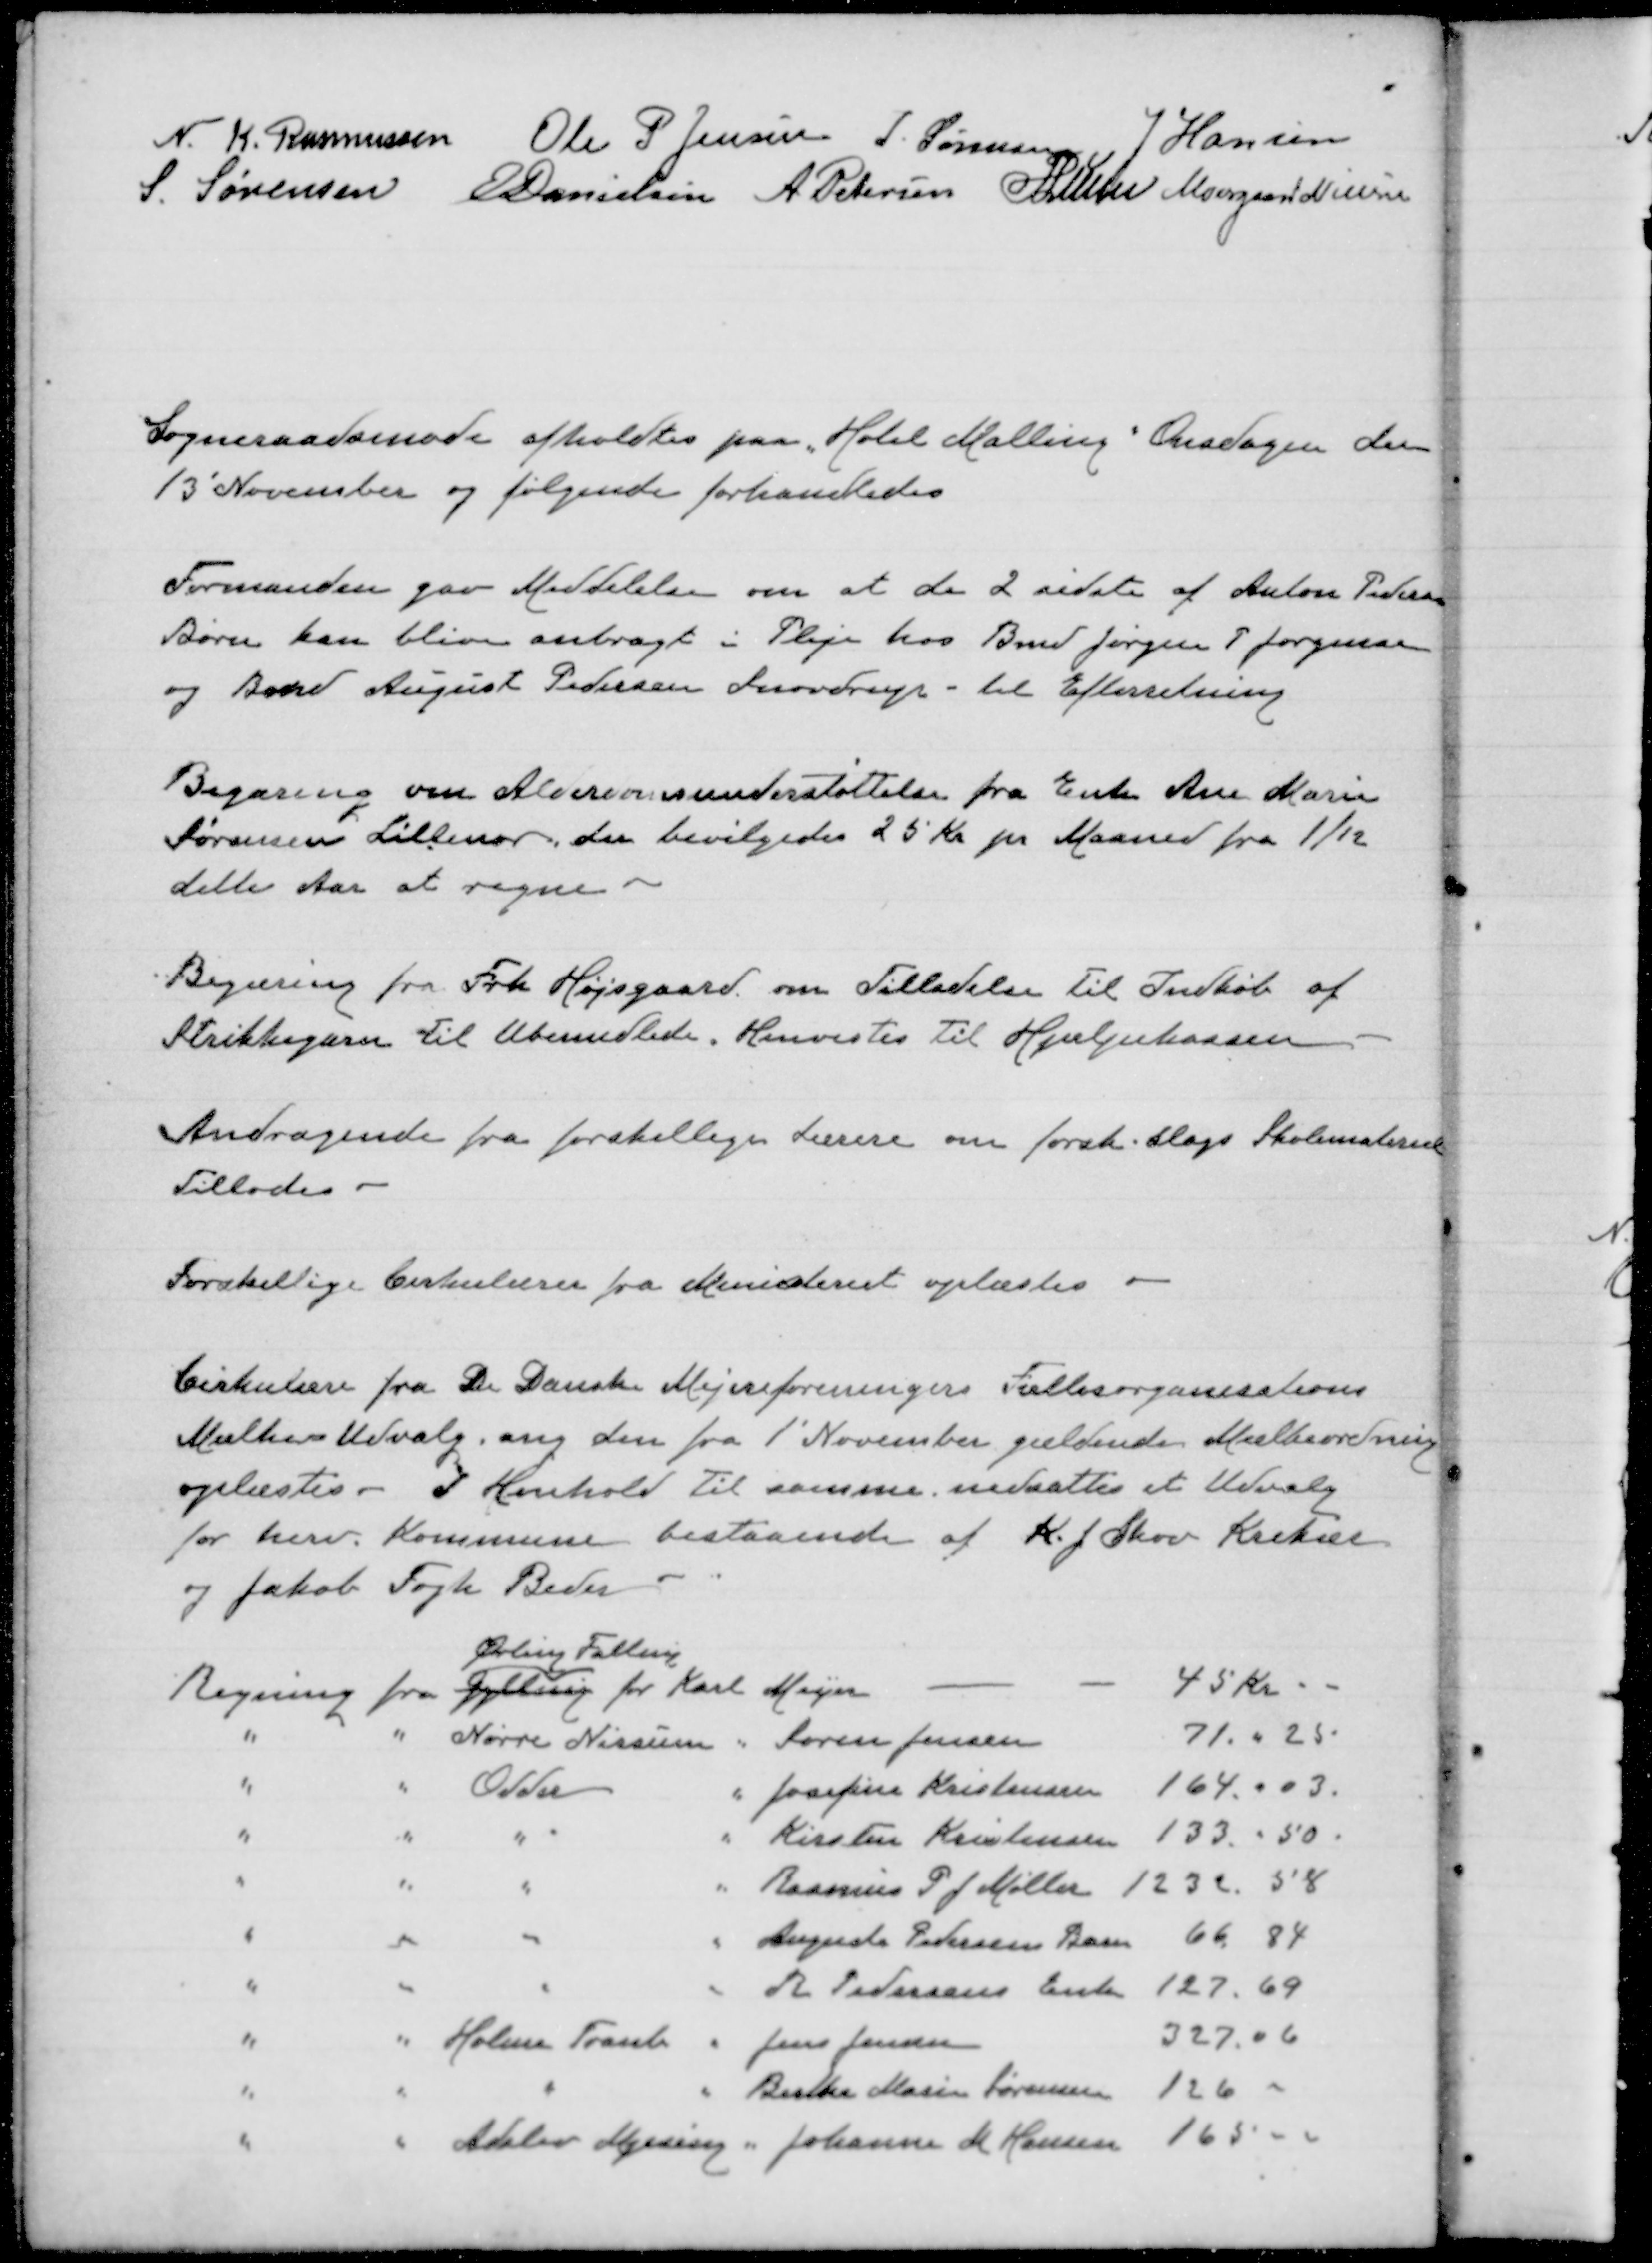
Transskription:
N. K. Rasmussen
Ole P Jensen
J Sørensen
J Hansen
S Sørensen
E Danielsen
A Petersen
P Lunn
Moesgaard Nielsen

Sogneraadsmøde afholdtes paa Hotel Malling Onsdagen den
13' November og følgende forhandledes

Formanden gav Meddelelse om at de 2 sidste af Anton Peders
Børn kan blive anbragt i Pleje hos Bmd Jørgen P Jørgensen
og Bmd August Pedersen Snovdrup - til Efterretning

Begæring om Alderdomsunderstøttelse fra Enke Ane Marie
Sørensen Lillenor der bevilgedes 25 Kr pr. Maaned fra 1/12
dette Aar at regne

Begæring fra Frk. Højgaard om tilladelse til indkøb af
Strikkegarn til Ubemidlede. Henvistes til Hjælpekassen

Andragende fra forskellige Lærere om forsk. slags Skoleteriale
Tillodes

Forskellige Cirkulærer fra Ministeriet oplæstes

Cirkulære fra De Danske Mejeriforeningers Fællesorganisations
Mælke-Udvalg, ang den fra 1' November gældende Mælkeordning
oplæstes. I Henhold til samme nedsattes et Udvalg
for herv. Kommune bestaaende af K. J. Skov Krekær
og Jakob Fogh Beder